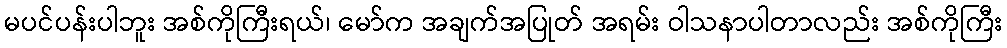
မပင်ပန်းပါဘူး အစ်ကိုကြီးရယ်၊ မော်က အချက်အပြုတ် အရမ်း ဝါသနာပါတာလည်း အစ်ကိုကြီး